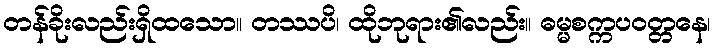
တန်ခိုးလည်းရှိထသော။ တဿပိ၊ ထိုဘုရား၏လည်း။ ဓမ္မစက္ကပဝတ္တနေ၊